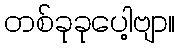
တစ်ခုခုပေါ့ဗျာ။